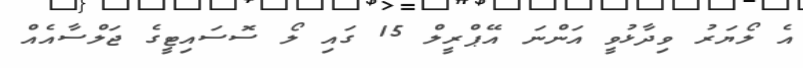
އެ ލޯޔަރު ވިދާޅުވީ އަންނަ އޭޕްރީލް 15 ގައި ލޯ ސޮސައިޓީގެ ޖަލްސާއެއް